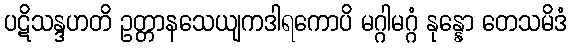
ပဋိသန္ဒဟတိ ဥတ္တာနသေယျကဒါရကောပိ မဂ္ဂါမဂ္ဂံ နုန္နော တေသမိဒံ